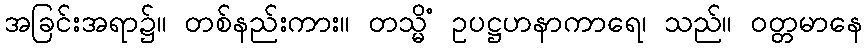
အခြင်းအရာ၌။ တစ်နည်းကား။ တသ္မိံ ဥပဋ္ဌဟနာကာရေ၊ သည်။ ဝတ္တမာနေ